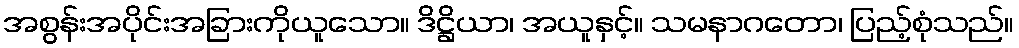
အစွန်းအပိုင်းအခြားကိုယူသော။ ဒိဋ္ဌိယာ၊ အယူနှင့်။ သမနာဂတော၊ ပြည့်စုံသည်။